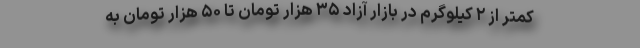
کمتر از ۲ کیلوگرم در بازار آزاد ۳۵ هزار تومان تا ۵۰ هزار تومان به